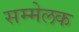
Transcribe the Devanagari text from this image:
सम्मेलक